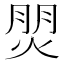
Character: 𤊏